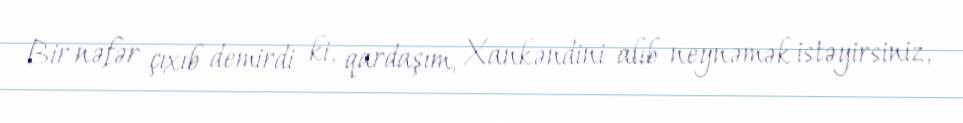
Bir nəfər çıxıb demirdi ki, qardaşım, Xankəndini alıb neynəmək istəyirsiniz,